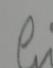
Signature authenticity: forged